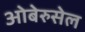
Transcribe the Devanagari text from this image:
ओबेरुसेल